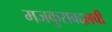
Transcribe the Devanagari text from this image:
मजकुराबद्दलची